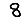
Digit: 8